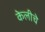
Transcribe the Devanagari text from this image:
केलीचे